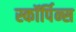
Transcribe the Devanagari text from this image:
स्कॉर्पिन्स